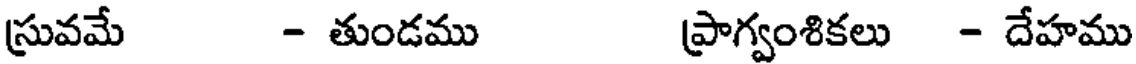
స్రువమే - తుండము ప్రాగ్వంశికలు - దేహము